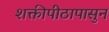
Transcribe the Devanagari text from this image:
शक्तीपीठापासुन